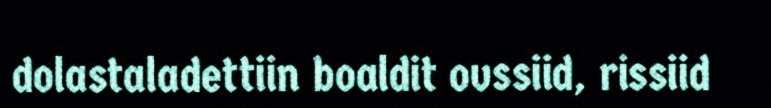
dolastaladettiin boaldit ovssiid, rissiid